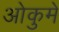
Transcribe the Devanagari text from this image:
ओकुमे